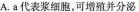
A.a代表浆细胞，可增殖并分泌